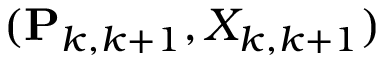
( \mathbf { P } _ { k , k + 1 } , X _ { k , k + 1 } )